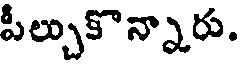
పీల్చుకొన్నారు.